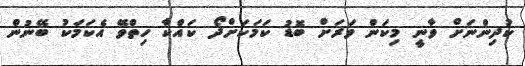
ކުދިންނަށް ވާނީ މިކަން ވަރަށް ބޮޑު ކަމަކަށްދޯ ކައްކާ ހިތްވޭ އެކަމަކު ބޭނުން